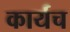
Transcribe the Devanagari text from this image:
कार्यच